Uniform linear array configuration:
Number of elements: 32
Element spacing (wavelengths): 1
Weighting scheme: binomial
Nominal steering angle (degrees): -30
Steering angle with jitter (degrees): -28.979
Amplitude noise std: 0.05
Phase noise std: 0.05

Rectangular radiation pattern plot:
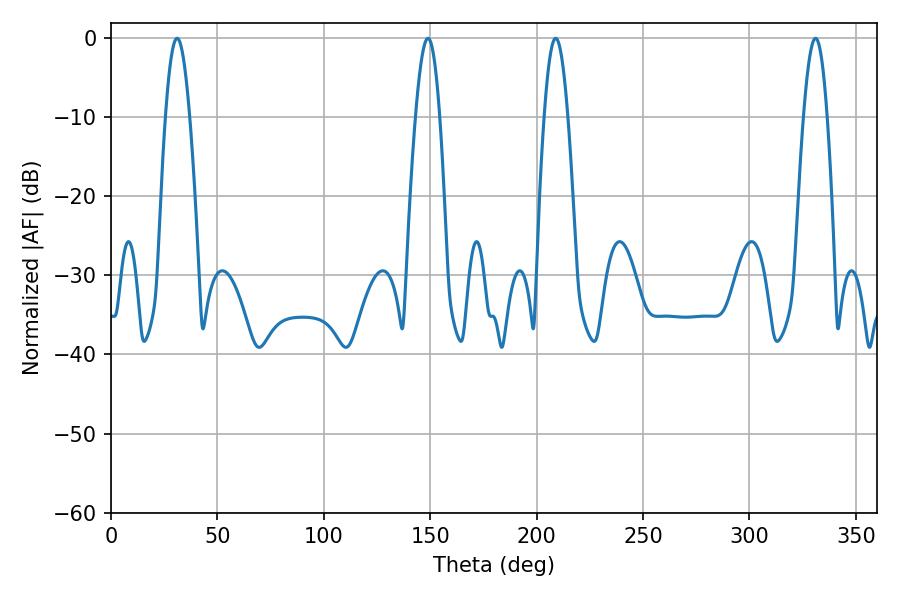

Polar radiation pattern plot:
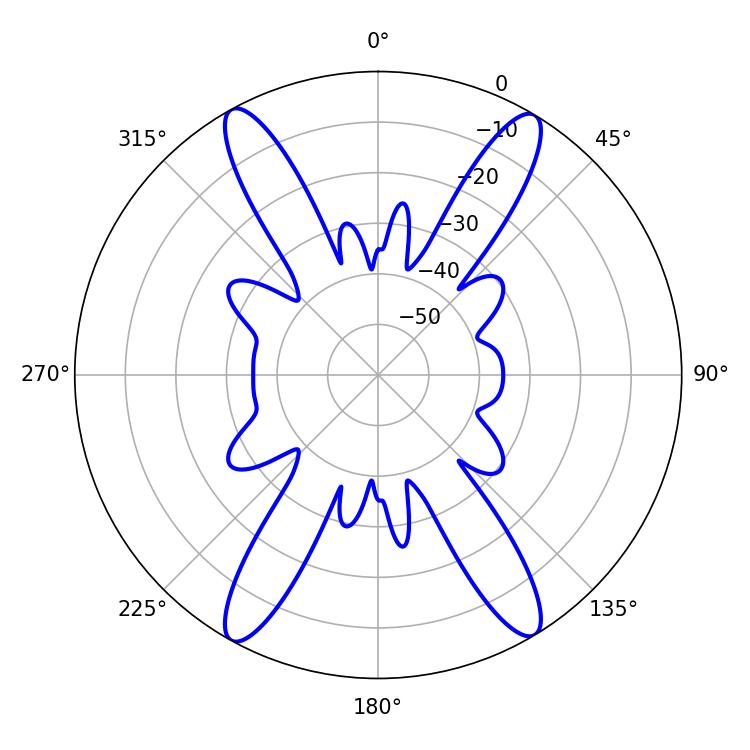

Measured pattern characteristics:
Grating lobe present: TRUE
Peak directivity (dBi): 23.244
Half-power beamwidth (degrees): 6.12
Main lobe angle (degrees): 208.98